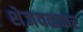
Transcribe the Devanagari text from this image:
शेजवळकर